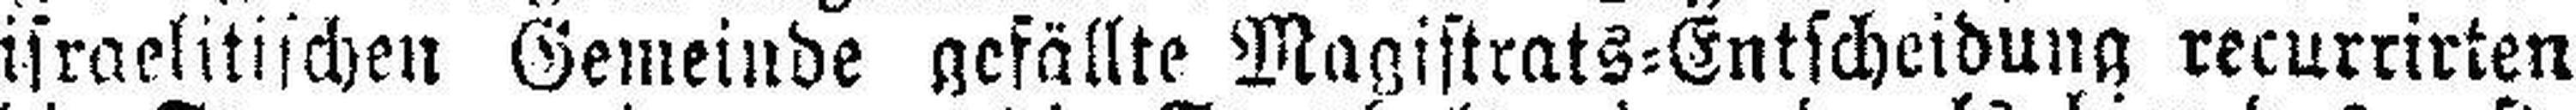
israelitischen Gemeinde gefällte Magistrats=Entscheidung recurrirten